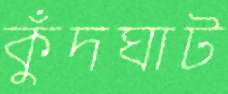
কুঁদঘাট